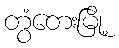
တွံတေးမြို့